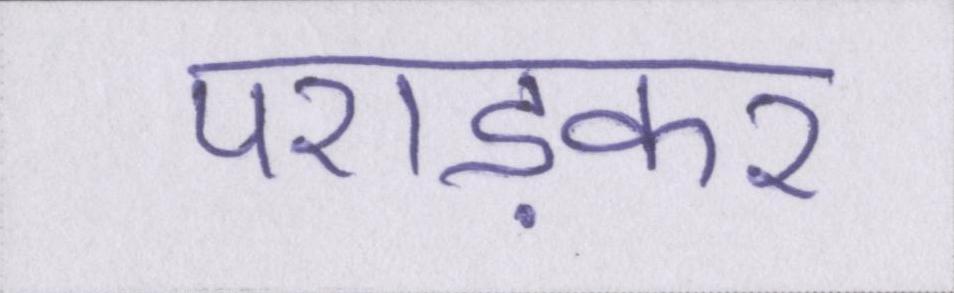
पराड़कर